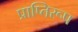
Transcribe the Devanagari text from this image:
प्राप्तिरूप